Indian journal of veterinary science and animal husbandry - Volume 5,
Year: 1935
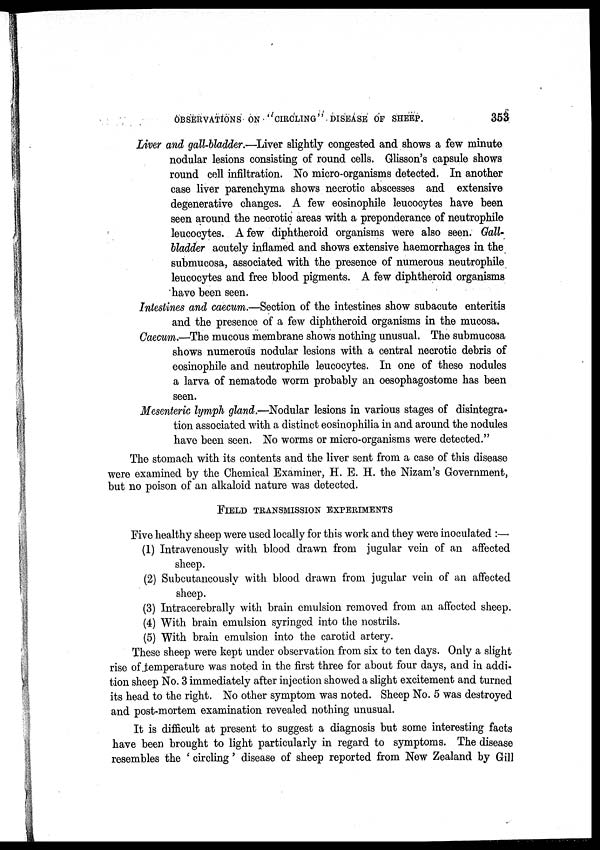
OBSERVATIONS ON
CIRCLING
DISEASE OF SHEEP.
353
Liver and gall-bladder.—Liver slightly congested and shows a few minute
nodular lesions consisting of round cells. Glisson's capsule shows
round cell infiltration. No micro-organisms detected. In another
case liver parenchyma shows necrotic abscesses and extensive
degenerative changes. A few eosinophile leucocytes have been
seen around the necrotic areas with a preponderance of neutrophile
leucocytes. A few diphtheroid organisms were also seen. Gall-
bladder acutely inflamed and shows extensive haemorrhages in the
submucosa, associated with the presence of numerous neutrophile
leucocytes and free blood pigments. A few diphtheroid organisms
have been seen.
Intestines and caecum.—Section of the intestines show subacute enteritis
and the presence of a few diphtheroid organisms in the mucosa.
Caecum.—The mucous membrane shows nothing unusual. The submucosa
shows numerous nodular lesions with a central necrotic debris of
eosinophile and neutrophile leucocytes. In one of these nodules
a larva of nematode worm probably an oesophagostome has been
seen.
Mesenteric lymph gland.—Nodular lesions in various stages of disintegra-
tion associated with a distinct eosinophilia in and around the nodules
have been seen. No worms or micro-organisms were detected."
The stomach with its contents and the liver sent from a case of this disease
were examined by the Chemical Examiner, H. E. H. the Nizam's Government,
but no poison of an alkaloid nature was detected.
FIELD TRANSMISSION EXPERIMENTS
Five healthy sheep were used locally for this work and they were inoculated :—.
(1) Intravenously with blood drawn from jugular vein of an affected
sheep.
(2) Subcutaneously with blood drawn from jugular vein of an affected
sheep.
(3) Intracerebrally with brain emulsion removed from an affected sheep.
(4) With brain emulsion syringed into the nostrils.
(5) With brain emulsion into the carotid artery.
These sheep were kept under observation from six to ten days. Only a slight
rise of temperature was noted in the first three for about four days, and in addi-
tion sheep No. 3 immediately after injection showed a slight excitement and turned
its head to the right. No other symptom was noted. Sheep No. 5 was destroyed
and post-mortem examination revealed nothing unusual.
It is difficult at present to suggest a diagnosis but some interesting facts
have been brought to light particularly in regard to symptoms. The disease
resembles the ' circling' disease of sheep reported from New Zealand by Gill